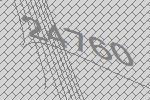
24760